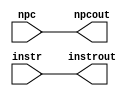
module if_id (
   output reg [31:0] instrout,       // Output of IF/ID Instruction Register
                     npcout,       // Output of IF/ID NPC Register
   input wire [31:0] instr,       // Input of IF/ID Instruction Register
                      npc        // Input of IF/ID NPC Register
   );
   initial begin
      instrout <= 0;
      npcout   <= 0;
   end
	
   always @* begin
      #1 instrout <= instr;
          npcout <= npc;
   end
	
endmodule